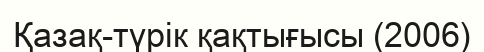
Қазақ-түрік қақтығысы (2006)